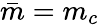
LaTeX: \bar{m}=m_{c}